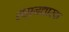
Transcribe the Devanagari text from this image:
स्थानधारक